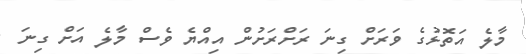
މާލެ އަތޮޅުގެ ވަރަށް ގިނަ ރަށްރަށުން އިއްޔެ ވެސް މާލެ އަށް ގިނަ